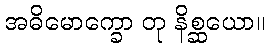
အဓိမောက္ခော တု နိစ္ဆယော။